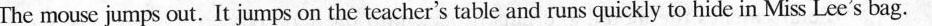
The mouse jumps out,It jumps on the teacher's table and runs quickly to hide in Miss Lee's bag.